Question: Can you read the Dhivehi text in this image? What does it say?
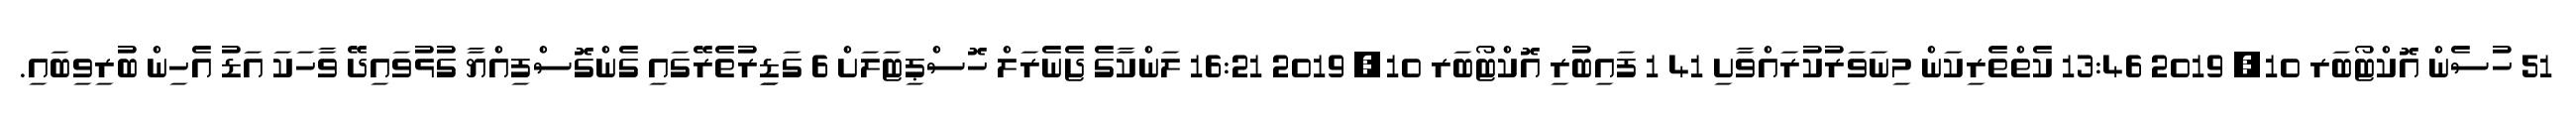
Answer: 51 ހުސެން އޮކްޓޯބަރ 10, 2019 13:46 ކެތްތެރިކަން މިނަވަރުކުރައްވާށި 41 1 ފައިބުރި އޮކްޓޯބަރ 10, 2019 16:21 ލަންކާގެ ޖެނެރަލް ހޮސްޕިޓަލަށް 6 ގަޑިިރުތެރޭގައި ގެންގޮސްފިއްޔާ ގުޅުވައިދޭ ވާހަކަ އަޑު އެހިން ބުރިވިބައި.